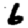
Digit: 6